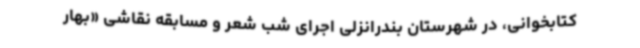
کتابخوانی، در شهرستان بندرانزلی اجرای شب شعر و مسابقه نقاشی «بهار